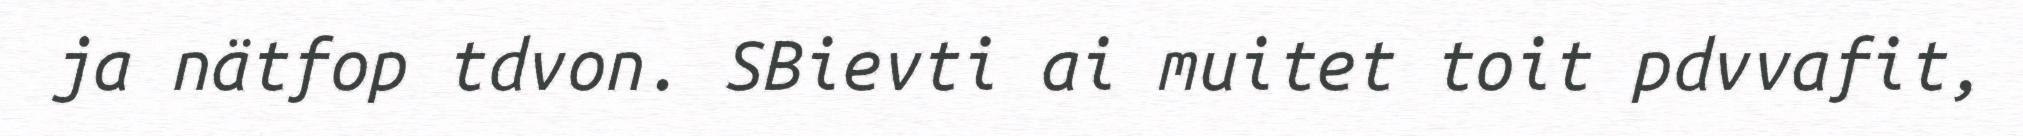
ja nätfop tdvon. SBievti ai muitet toit pdvvafit,